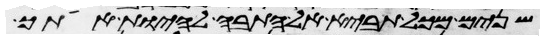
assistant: שנים מכל תביא אל התבה להחיות אתך